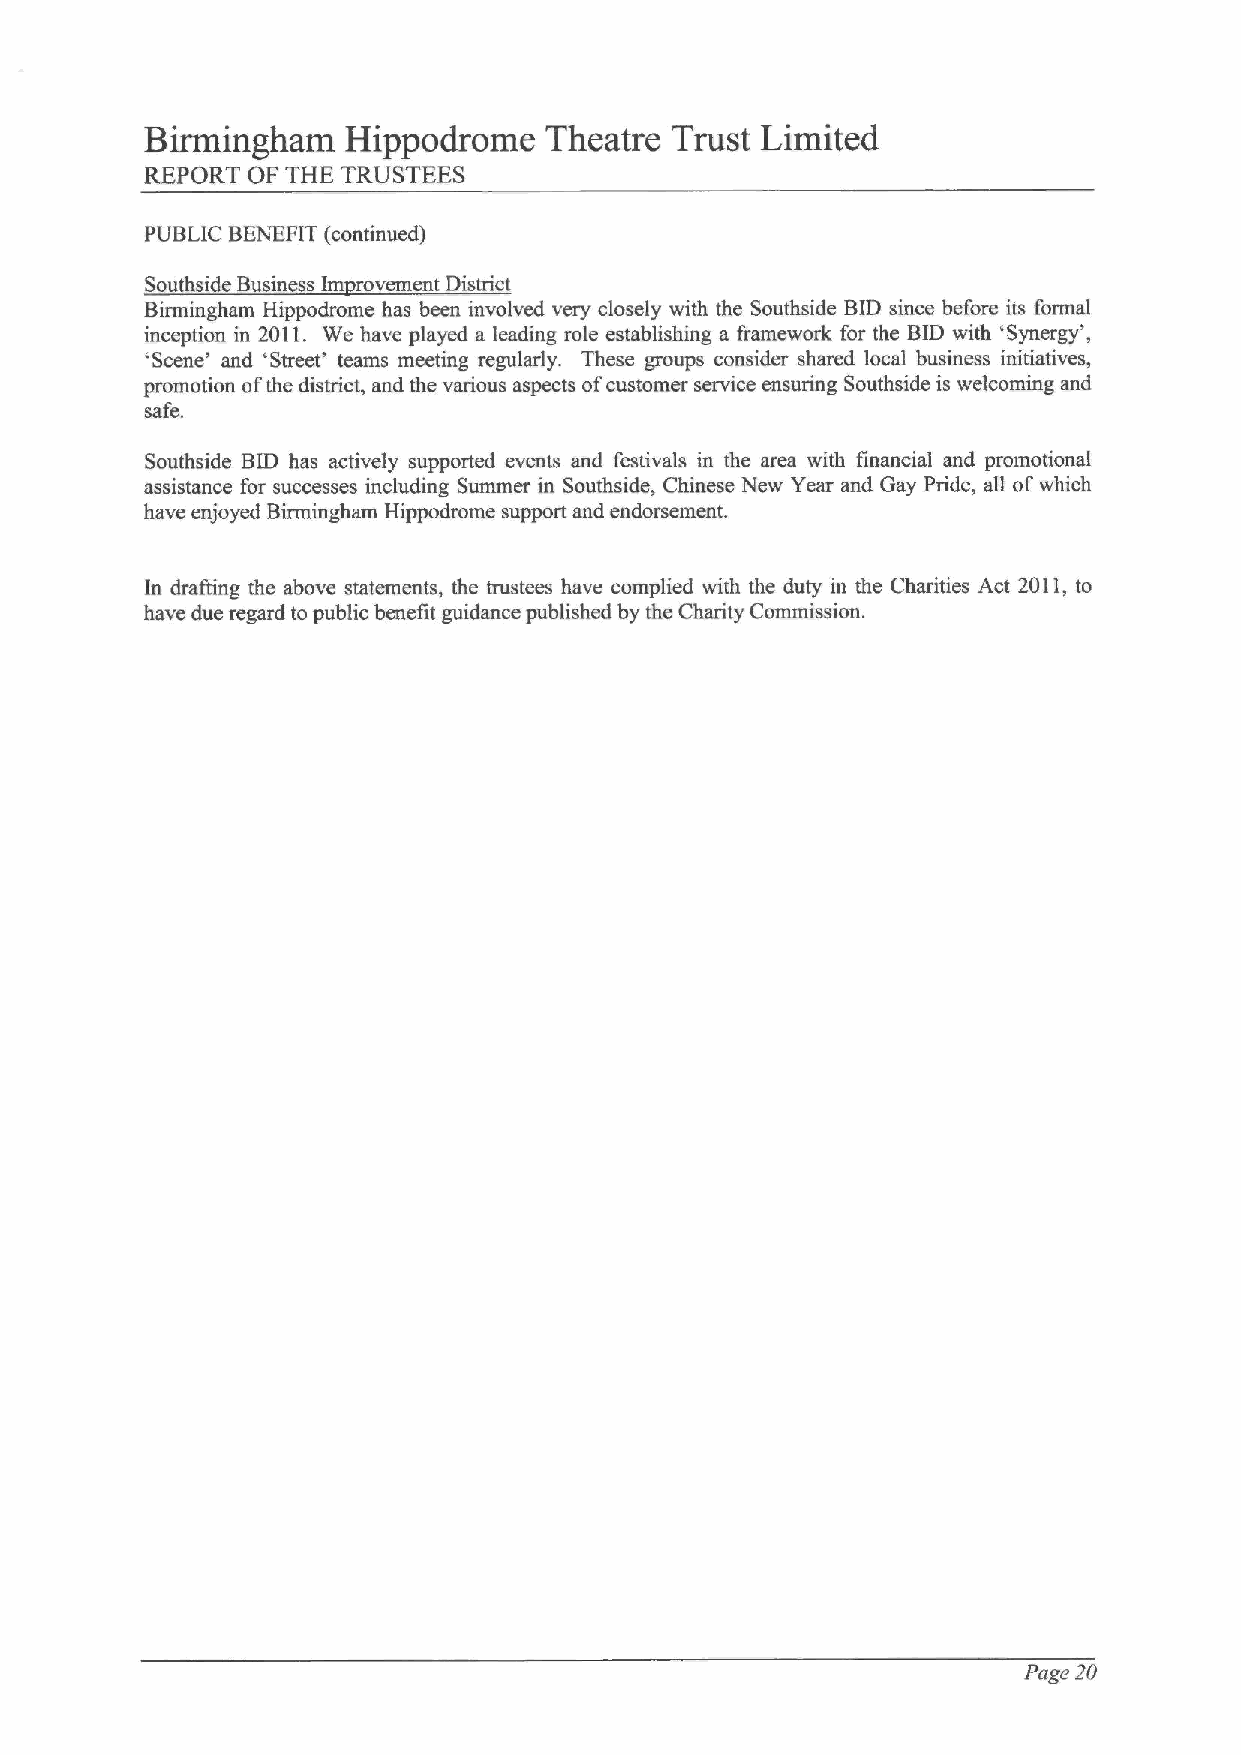
Birmingham   Hippodrome   Theatre Trust Limited
 REPORT OF THE TRUSTEES
 PUBLIC BENEFIT (continued)
 Southside Business Im rovement District
 Birmingham Hippodrome has been involved very closely with the Southside BID since before its formal
 inception in 2011. We have played a leading role establishing a framework for the BID with 'Synergy',
 'Scene' and 'Street' teams meeting regularly. These groups consider shared local business initiatives,
 promotion ofthe district, and the various aspects ofcustomer service ensuring Southside is welcoming and
 safe.
 Southside BID has actively supported events and festivals in the area with financial and promotional
 assistance for successes including Summer in Southside, Chinese New Year and Gay Pride, all ofwhich
 have enjoyed Birmingham Hippodrome support and endorsement.
 In drafting the above statements, the trustees have complied with the duty in the Charities Act 2011,to
 have due regard to public benefit guidance published by the Charity Commission.
 Page 20